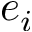
e _ { i }